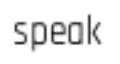
speak